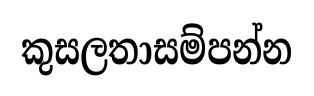
කුසලතාසම්පන්න